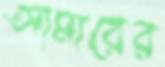
আমারের